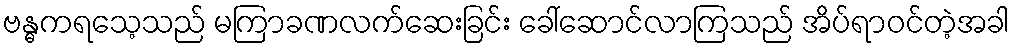
ဗန္ဓကရသေ့သည် မကြာခဏလက်ဆေးခြင်း ခေါ်ဆောင်လာကြသည် အိပ်ရာဝင်တဲ့အခါ